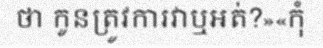
ថា កូនត្រូវការវាឬអត់?»«កុំ